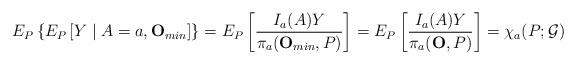
LaTeX: \begin{align*}E_{P}\left\{ E_{P}\left[ Y\mid A=a,\mathbf{O}_{min}\right] \right\} =E_{P}\left[ \frac{I_{a}(A)Y}{\pi _{a}(\mathbf{O}_{min},P)}\right] =E_{P}\left[ \frac{I_{a}(A)Y}{\pi _{a}(\mathbf{O},P)}\right] =\chi _{a}(P;\mathcal{G})\end{align*}